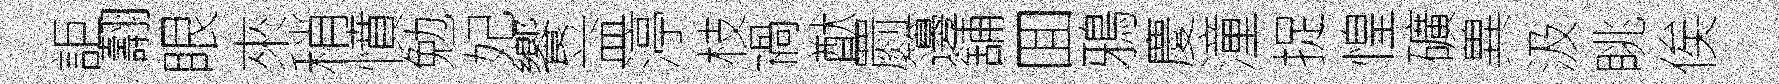
詎翿眼來稍憤勉妃饗益渟枝禍猷罽籩舖囬鴉慶潼捉惶礦兾汲眺俟